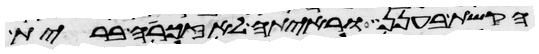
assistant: הקשת בענן וראיתה לאזכרה ברית